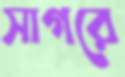
সাগরে